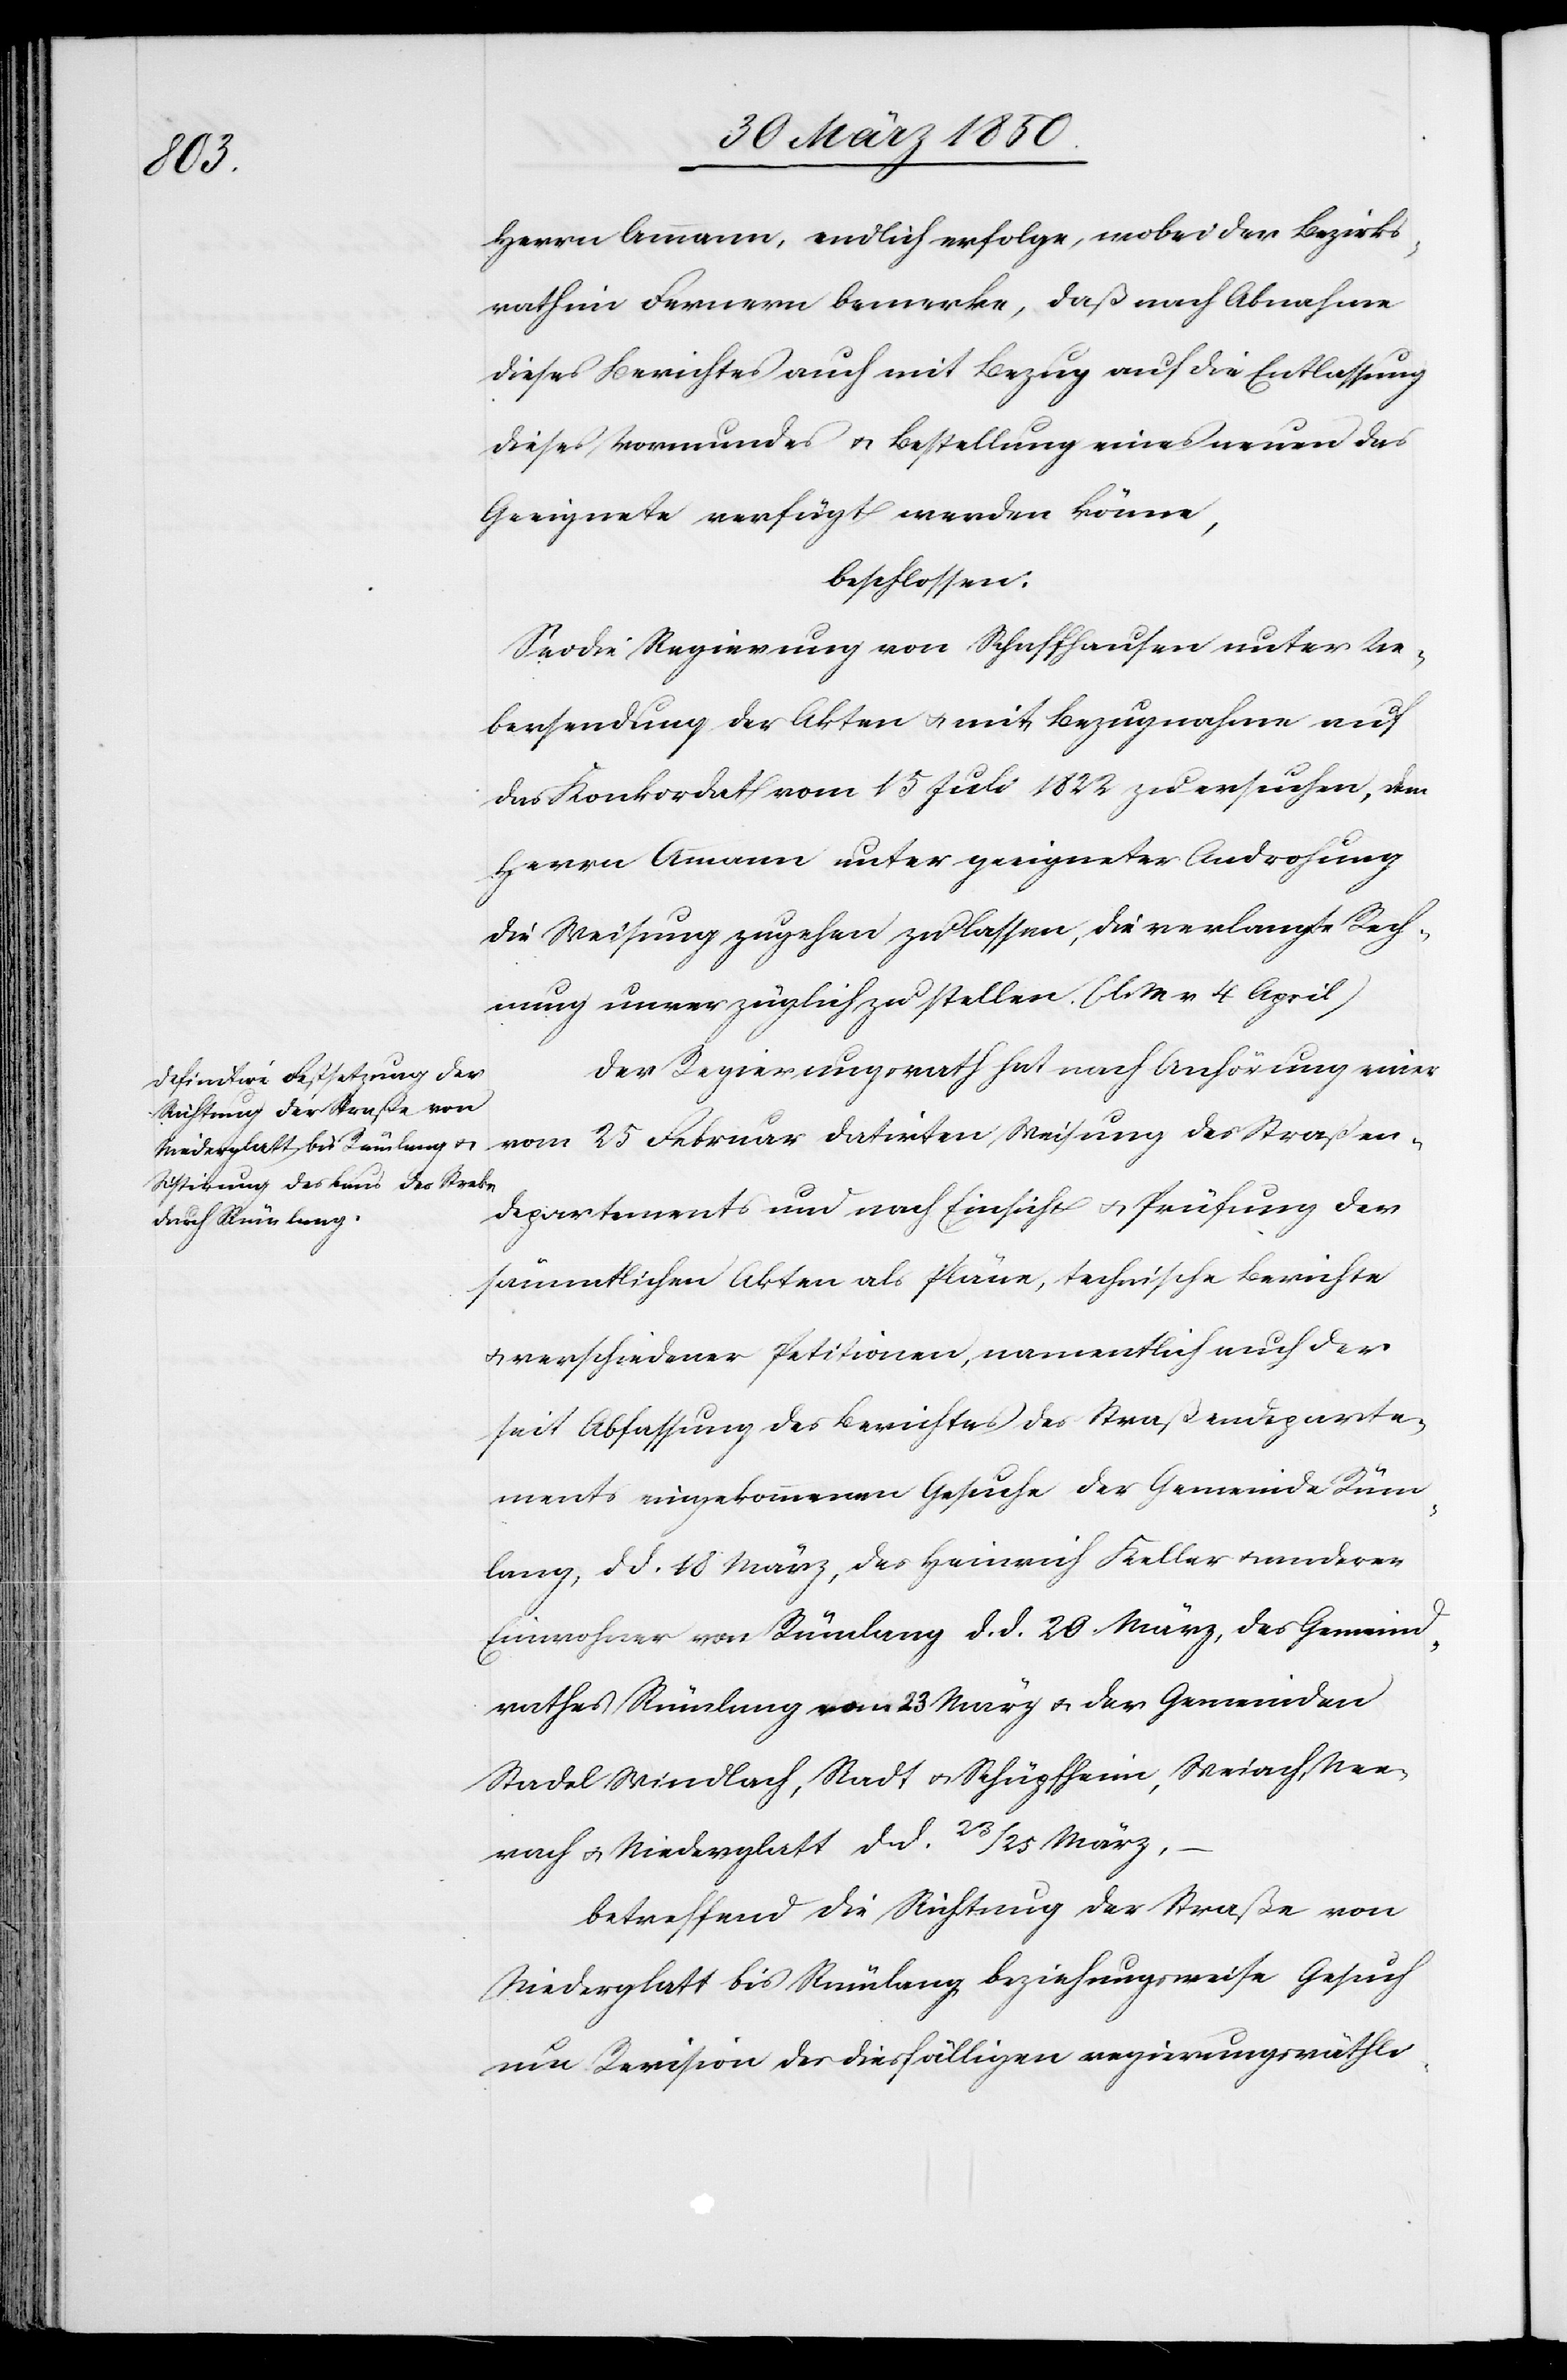
Straßen¬

Herrn Ammann, endlich erfolge, wobei der Bezirks¬
rath im Fernern bemerke, daß nach Abnahme
dieses Berichtes auch mit Bezug auf die Entlassung
dieses Vormundes u. Bestellung eines neuen das
Geeignete verfügt werden könne,
beschlossen:
Sei die Regierung von Schaffhasuen unter Ue¬
bersendung der Akten u. mit Bezugnahme auf
das Konkjordat vom 15 Juli 1822 zu ersuchen, dem
Herrn Ammann unter geeigneter Androhung
die Weisung zugehen zu lassen, die verlangte Rech¬
nung unverzüglich zu stellen. (l. M. v. 4 April)
Der Regierungsrath hat nach Anhörung einer
departements und nach Einsicht u. Prüfung der
sämtlichen Akten als Pläne, technische Berichte
u. verschiedener Petitionen, namentlich auch der
seit Abfassung des Berichtes des Straßendeparte¬
ments eingekommenen Gesuche der Gemeinde Rüm¬
lang, d. d. 18 März, des Heinrich Keller u. anderen
Einwohner von Rümlang d. d. 20 März, des Gemeind¬
rathes Rümlang vom 23 März u. der Gemeinden
Stadel Windlach, Stadt u. Schüpfheim, Weiach, Nee¬
rach u. Niederglatt d. d. 23/25 März,
betreffend die Richtung der Straße von
Niederglatt bis Rümlang beziehungsweise Gesuch
um Revision des diesfälligen regierungsräthli-